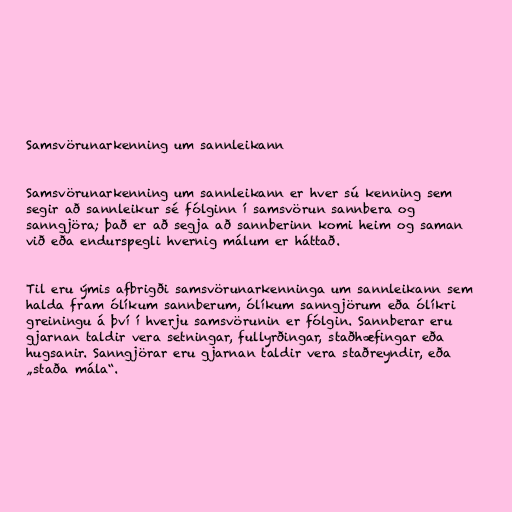
Samsvörunarkenning um sannleikann

Samsvörunarkenning um sannleikann er hver sú kenning sem
segir að sannleikur sé fólginn í samsvörun sannbera og
sanngjöra; það er að segja að sannberinn komi heim og saman
við eða endurspegli hvernig málum er háttað.

Til eru ýmis afbrigði samsvörunarkenninga um sannleikann sem
halda fram ólíkum sannberum, ólíkum sanngjörum eða ólíkri
greiningu á því í hverju samsvörunin er fólgin. Sannberar eru
gjarnan taldir vera setningar, fullyrðingar, staðhæfingar eða
hugsanir. Sanngjörar eru gjarnan taldir vera staðreyndir, eða
„staða mála“.